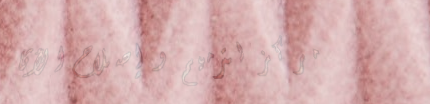
مركز لترميم و إصلاح الأثا